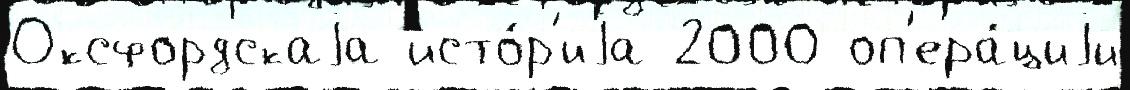
Оксфордскаjа исто́р'иjа 2000 оп'ера́циjи